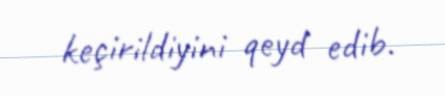
keçirildiyini qeyd edib.